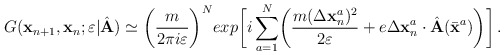
\begin{align*}G( {\bf x}_{n+1}, {\bf x}_n;\varepsilon\vert {\hat{\bf A}})\simeq\biggl({m\over{2\pi i\varepsilon}}\biggr)^Nexp\biggl[ i\sum_{a=1}^N \biggl({m(\Delta {\bf x}^a_{n})^2\over2\varepsilon}+ e\Delta {\bf x}^a_{n}\cdot {\hat{\bf A}}({\bar{\bf x}}^a)\biggr)\biggr]\,.\end{align*}